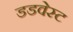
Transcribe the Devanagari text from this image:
डडवेस्ट